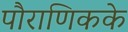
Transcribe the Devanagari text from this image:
पौराणिकके